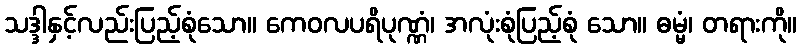
သဒ္ဒါနှင့်လည်းပြည့်စုံသော။ ကေဝလပရိပုဏ္ဏံ၊ အလုံးစုံပြည့်စုံ သော။ ဓမ္မံ၊ တရားကို။